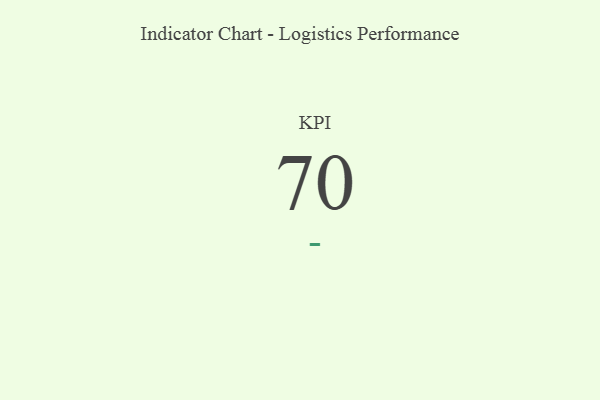
{"axis": {"x": "KPI", "y": "Value"}, "legend": [""], "data": [{"x": "KPI", "y": 70, "type": ""}]}